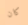
كان